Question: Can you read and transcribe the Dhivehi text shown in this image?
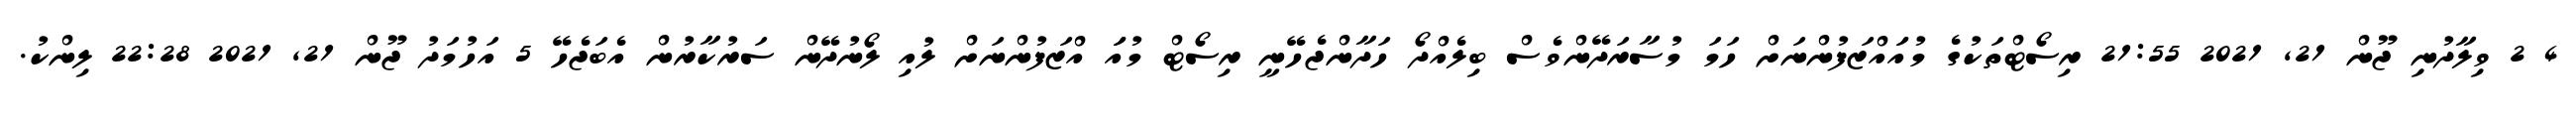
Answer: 4 2 ވިލާދުނި ޖޫން 21, 2021 21:55 ރިސޯޓްތަކުގެ މުއަައްޒަފުންނަށް ހަމަ މުސާރަދޭންވެސް ބިލެއްދޯ ހަދާންޖެހޭނީ ރިސޯޓް މުއަަ އްޒަފުންނަށް ލުއި ލޯނުދޭން ސަރުކާރުން އެބަޖެހޭ 5 އަހުމަދު ޖޫން 21, 2021 22:28 ލިންކު.